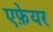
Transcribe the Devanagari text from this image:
एफ़ेयर